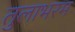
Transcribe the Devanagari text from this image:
तुलाभरम